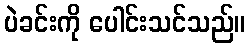
ပဲခင်းကို ပေါင်းသင်သည်။